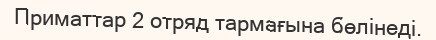
Приматтар 2 отряд тармағына бөлінеді.